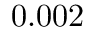
0 . 0 0 2